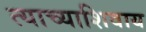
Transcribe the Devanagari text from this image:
त्याच्याशिवाय